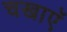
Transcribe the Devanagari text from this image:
चखाएॅ